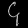
Digit: ၄